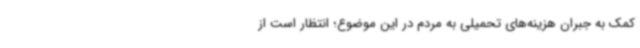
کمک به جبران هزینه‌های تحمیلی به مردم در این موضوع؛ انتظار است از